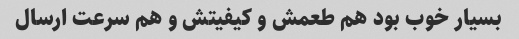
بسیار خوب بود هم طعمش و کیفیتش و هم سرعت ارسال